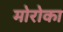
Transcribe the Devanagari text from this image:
मोरोका